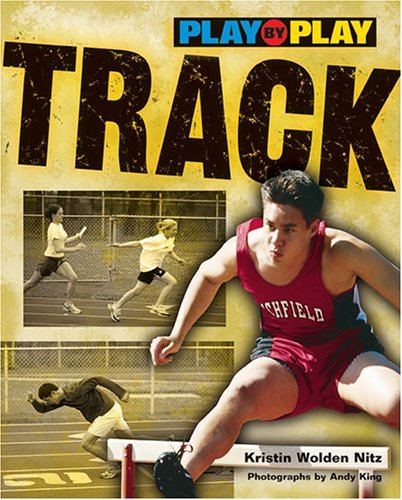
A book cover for Play-by-Play Track; Kristin Wolden Nitz; Children's Books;